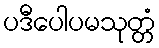
ပဒီပေါပမသုတ္တံ